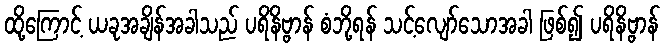
ထို့ကြောင့် ယခုအချိန်အခါသည် ပရိနိဗ္ဗာန် စံဘို့ရန် သင့်လျော်သောအခါ ဖြစ်၍ ပရိနိဗ္ဗာန်